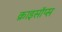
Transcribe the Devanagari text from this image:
क्राइसॉप्स